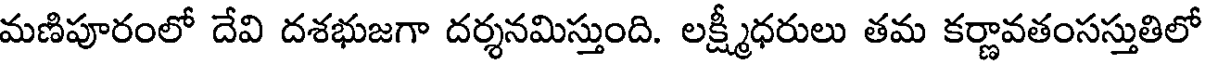
మణిపూరంలో దేవి దశభుజగా దర్శనమిస్తుంది. లక్ష్మీధరులు తమ కర్ణావతంసస్తుతిలో